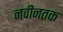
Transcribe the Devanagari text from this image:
नवीनतक